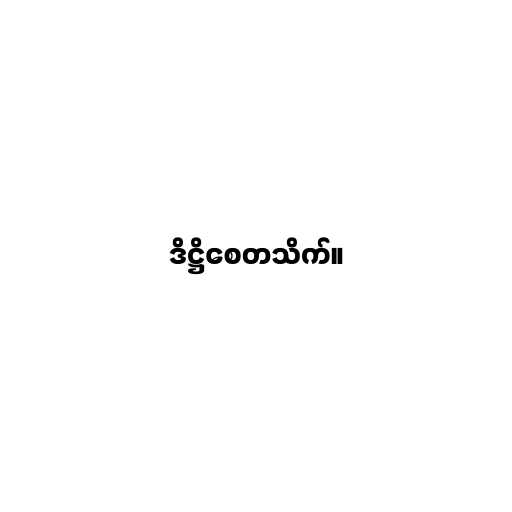
ဒိဋ္ဌိစေတသိက်။